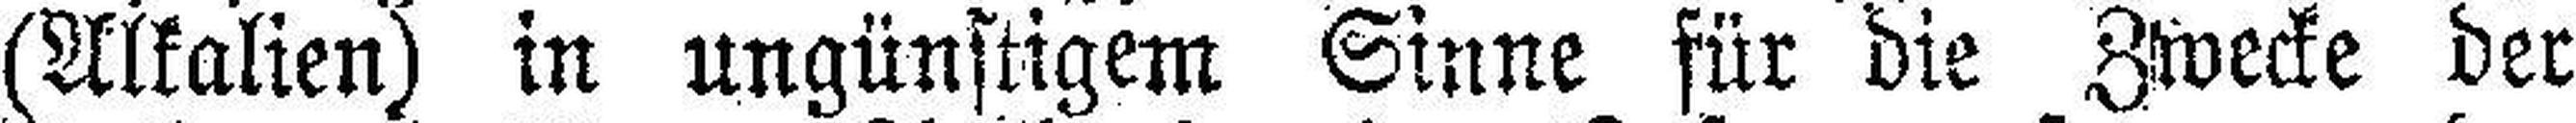
(Alkalien) in ungünstigem Sinne für die Zwecke der